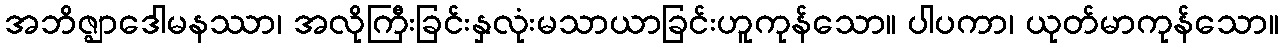
အဘိဇ္ဈာဒေါမနဿာ၊ အလိုကြီးခြင်းနှလုံးမသာယာခြင်းဟူကုန်သော။ ပါပကာ၊ ယုတ်မာကုန်သော။